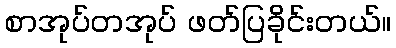
စာအုပ်တအုပ် ဖတ်ပြခိုင်းတယ်။